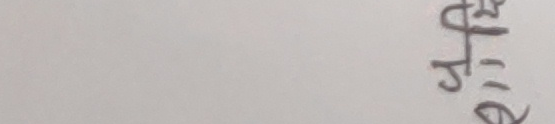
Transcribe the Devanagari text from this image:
४/९।।६